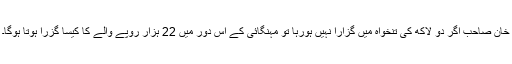
خان صاحب اگر دو لاکھ کی تنخواہ میں گزارا نہیں ہورہا تو مہنگائی کے اِس دور میں 22 ہزار روپے والے کا کیسا گزرا ہوتا ہوگا۔